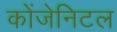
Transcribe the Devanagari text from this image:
कोंजेनिटल